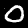
Digit: 0